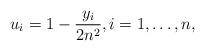
LaTeX: \begin{align*} u_i = 1 - \frac{y_i}{2n^2}, i = 1, \dots, n, \end{align*}